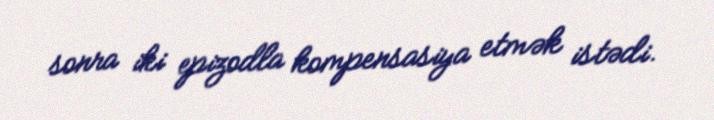
sonra iki epizodla kompensasiya etmək istədi.